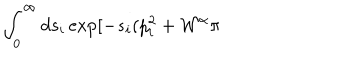
LaTeX: \int _ { 0 } ^ { \infty } d s _ { i } \exp [ - s _ { i } ( p _ { i } ^ { 2 } + { \cal W } ^ { \alpha } \pi